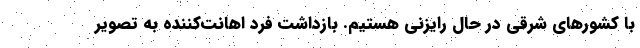
با کشورهای شرقی در حال رایزنی هستیم. بازداشت فرد اهانت‌کننده به تصویر